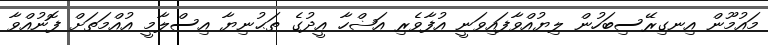
މައުމޫން އިނގިރޭސިބަހުން ލިޔުއްވާފައިވަނީ އުފާވެރި އަޟްހާ އީދުގެ ތަޙުނިޔާ އިސްލާމީ އުއްމަތަށް ފޮނުއްވާ